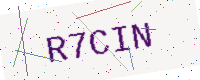
Text: R7CIN